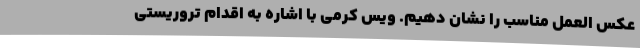
عکس العمل مناسب را نشان دهیم. ویس کرمی با اشاره به اقدام تروریستی